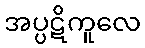
အပ္ပဋိကူလေ